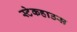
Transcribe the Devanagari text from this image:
स्टेकहाउस